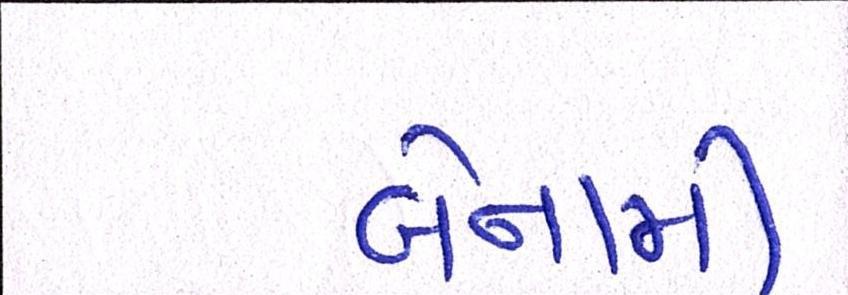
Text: બેનામી